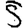
Digit: 5